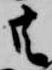
共